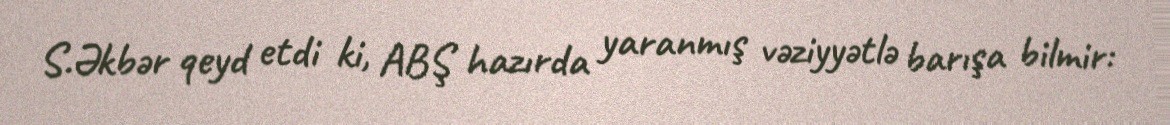
S.Əkbər qeyd etdi ki, ABŞ hazırda yaranmış vəziyyətlə barışa bilmir: